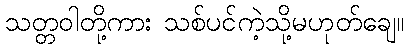
သတ္တဝါတို့ကား သစ်ပင်ကဲ့သို့မဟုတ်ချေ။